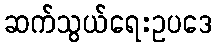
ဆက်သွယ်ရေးဥပဒေ